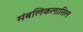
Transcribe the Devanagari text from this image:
मंबलिकलातिल